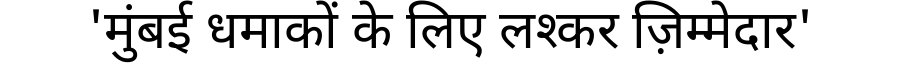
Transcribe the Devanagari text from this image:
'मुंबई धमाकों के लिए लश्कर ज़िम्मेदार'